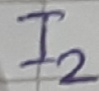
Text: I2